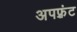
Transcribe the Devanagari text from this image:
अपफ़्रंट